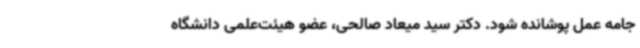
جامه عمل پوشانده شود. دکتر سید میعاد صالحی، عضو هیئت‌علمی دانشگاه